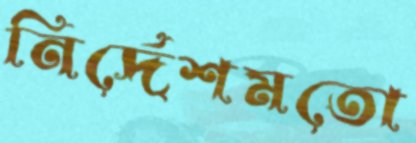
নির্দেশমতো